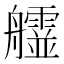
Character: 𦫄